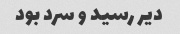
دیر رسید و سرد بود